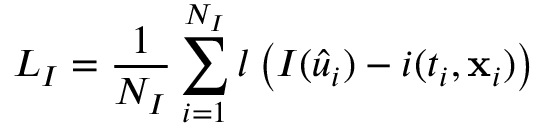
{ L _ { \cal I } } = \frac { 1 } { { { N _ { \cal I } } } } \sum _ { i = 1 } ^ { { N _ { \cal I } } } { l \left( { { \cal I } ( { { \hat { u } } _ { i } } ) - i ( { t _ { i } } , { { \bf { x } } _ { i } } ) } \right) }